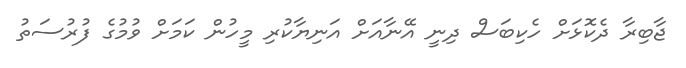
ޖާބިރާ ދެކޮޅަށް ހެކިބަސް ދިނީ އޭނާއަށް އަނިޔާކުރި މީހުން ކަމަށް ވުމުގެ ފުރުސަތު